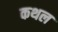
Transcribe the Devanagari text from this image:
कथल